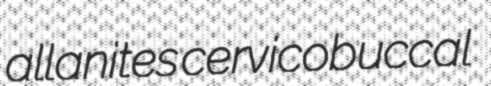
allanites cervicobuccal